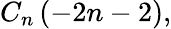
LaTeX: C_{n}\left(-2n-2\right),